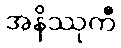
အနိဿုကီ